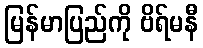
မြန်မာပြည်ကို ဗိရ်မနီ